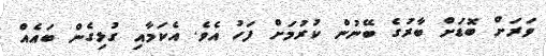
ވަރަށް ބޮޑަށް ބާރުގެ ބޭނުން ކުރުމަށް ފަހު އެވެ. އެކަމާއި ގުޅިގެން ބައެއް